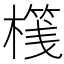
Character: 𣘷